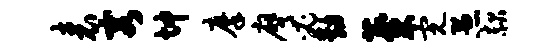
表容坤摩膺必动麋完愚赧